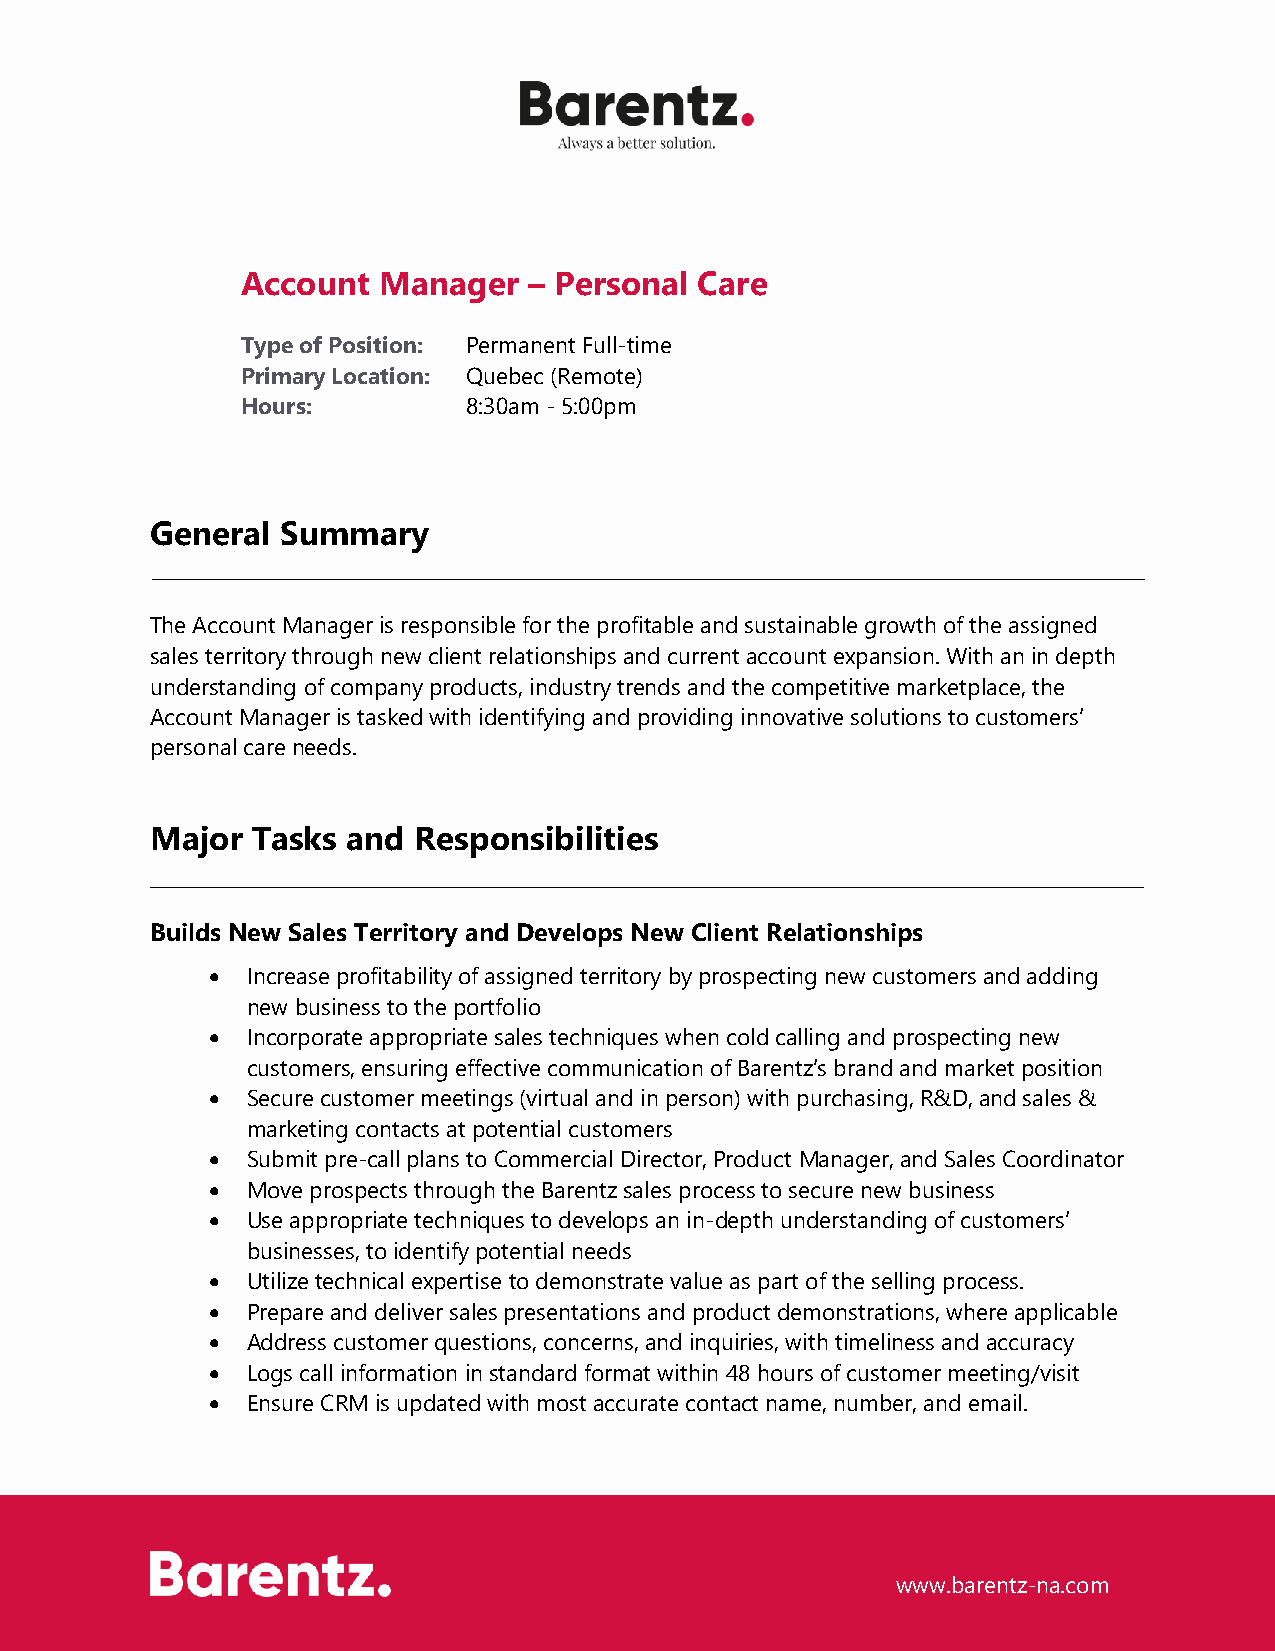
Account  Manager   – Personal Care
 Type of Position: Permanent Full-time
 Primary Location: Quebec (Remote)
 Hours:         8:30am - 5:00pm
 General  Summary
 The Account Manager is responsible for the profitable and sustainable growth of the assigned
 sales territory through new client relationships and current account expansion. With an in depth
 understanding of company products, industry trends and the competitive marketplace, the
 Account Manager is tasked with identifying and providing innovative solutions to customers’
 personal care needs.
 Major  Tasks and Responsibilities
 Builds New Sales Territory and Develops New Client Relationships
 • Increase profitability of assigned territory by prospecting new customers and adding
 new business to the portfolio
 • Incorporate appropriate sales techniques when cold calling and prospecting new
 customers, ensuring effective communication of Barentz’s brand and market position
 • Secure customer meetings (virtual and in person) with purchasing, R&D, and sales &
 marketing contacts at potential customers
 • Submit pre-call plans to Commercial Director, Product Manager, and Sales Coordinator
 • Move prospects through the Barentz sales process to secure new business
 • Use appropriate techniques to develops an in-depth understanding of customers’
 businesses, to identify potential needs
 • Utilize technical expertise to demonstrate value as part of the selling process.
 • Prepare and deliver sales presentations and product demonstrations, where applicable
 • Address customer questions, concerns, and inquiries, with timeliness and accuracy
 • Logs call information in standard format within 48 hours of customer meeting/visit
 • Ensure CRM is updated with most accurate contact name, number, and email.
 www.barentz-na.com